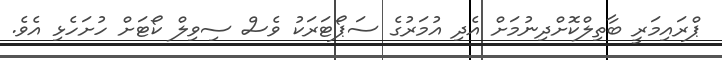
ޕްރައިމަރީ ބާތިލްކޮށްދިނުމަށް އެދި އުމަރުގެ ސަޕޯޓަރަކު ވެސް ސިވިލް ކޯޓަށް ހުށަހެޅި އެވެ.